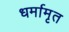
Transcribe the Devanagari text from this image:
धर्मामृत